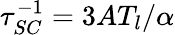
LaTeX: \tau_{SC}^{-1}=3AT_{l}/\alpha